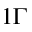
1 \Gamma